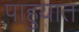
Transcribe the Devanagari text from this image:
पाहुयात